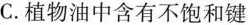
C.植物油中含有不饱和键